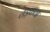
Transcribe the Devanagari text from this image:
तड़कता